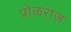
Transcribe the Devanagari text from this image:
प्रोळराज